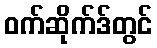
ဝက်ဆိုက်ဒ်တွင်